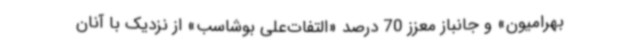
بهرامیون» و جانباز معزز 70 درصد «التفات‌علی بوشاسب» از نزدیک با آنان